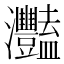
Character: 灩